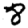
Digit: 8